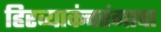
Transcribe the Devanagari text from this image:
हिरव्याकंचरंगाचा